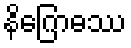
နိဂြောဓဿ